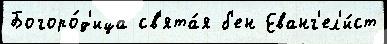
Богоро́д'ица св'ята́я б'ен Еванг'ел'и́ст